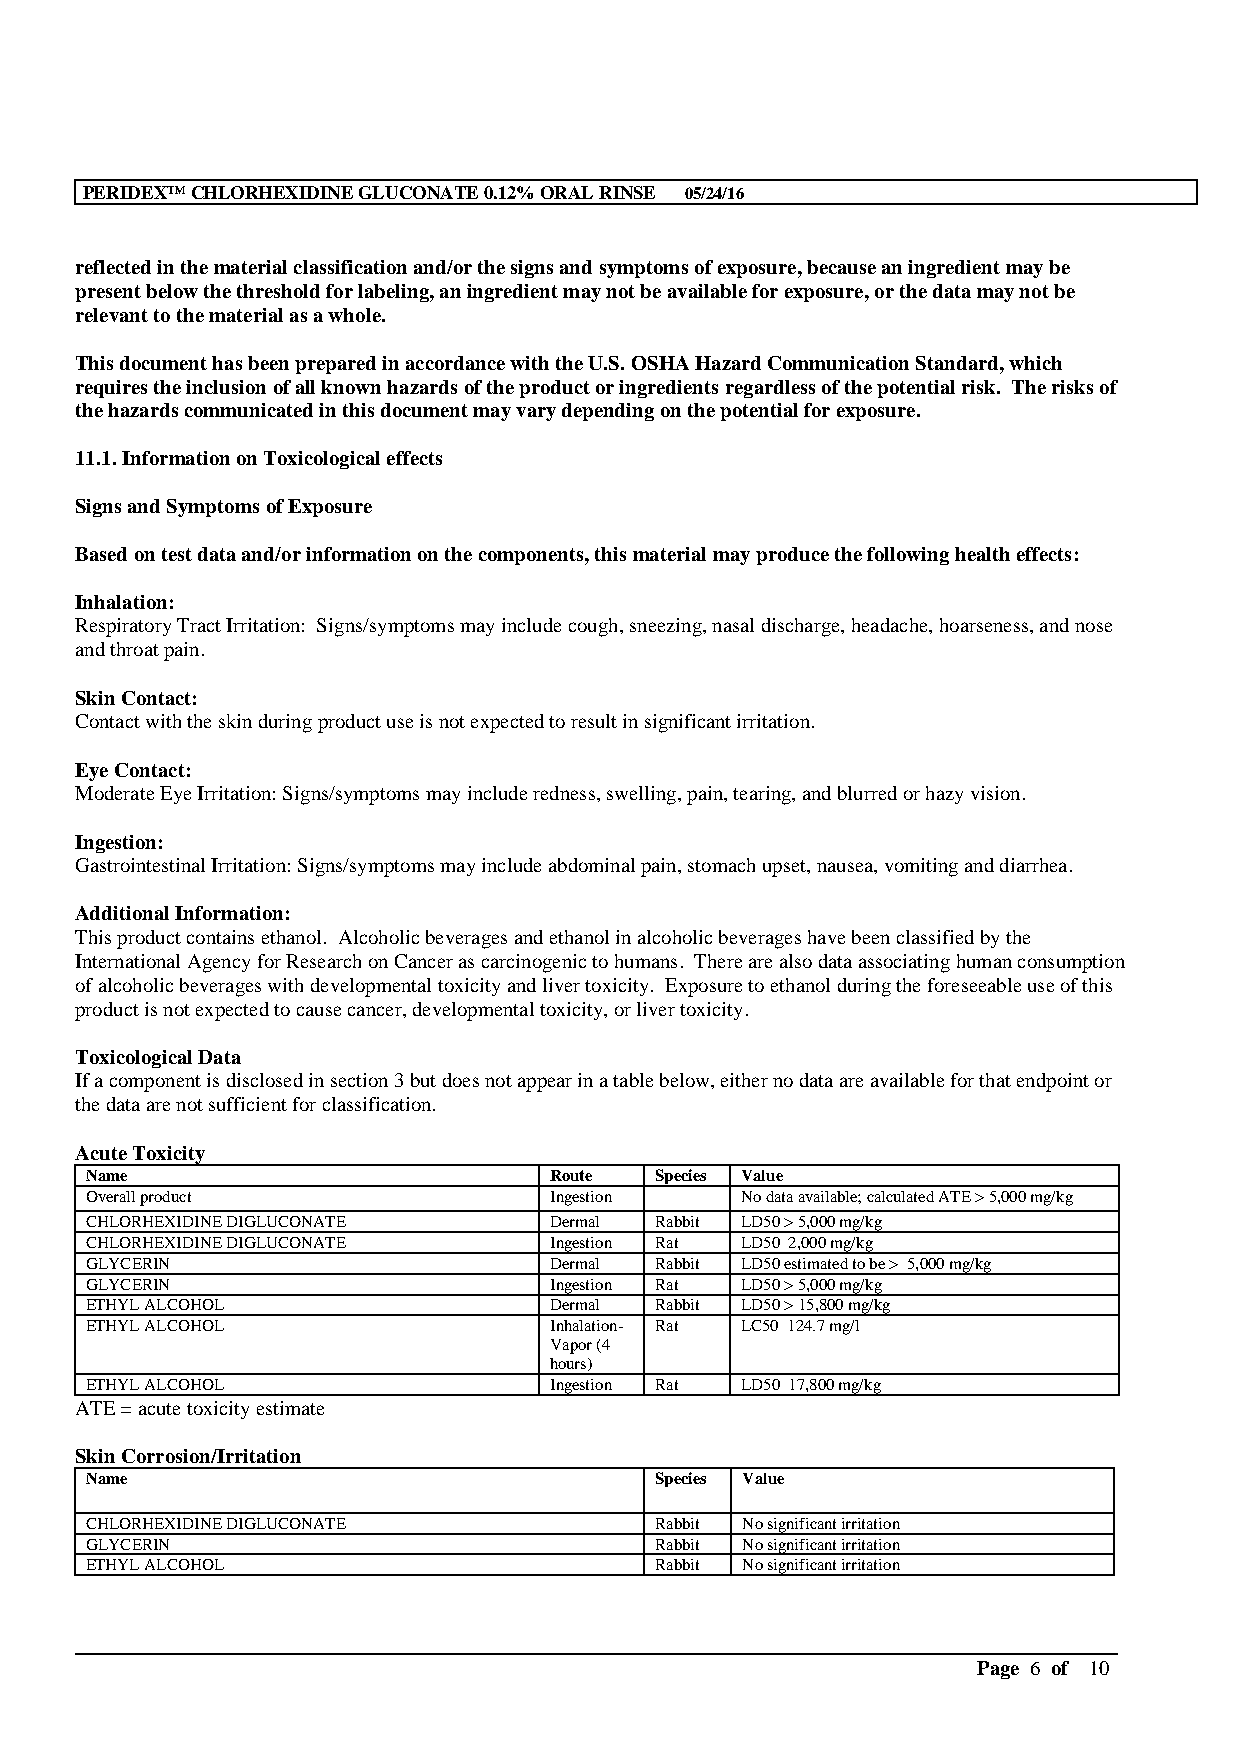
PERIDEX™CHLORHEXIDINE GLUCONATE 0.12% ORAL RINSE 05/24/16
 reflected in the material classification and/or the signs and symptoms of exposure, because an ingredient may be
 present below the threshold for labeling, aningredient may not be available for exposure, or the data may not be
 relevant to the material as a whole.
 This document has been prepared in accordance with the U.S. OSHA Hazard Communication Standard, which
 requires the inclusion of all known hazards ofthe product or ingredients regardless of the potential risk. The risks of
 the hazards communicated in this document may vary depending on the potential for exposure.
 11.1. Information on Toxicological effects
 Signs and Symptoms of Exposure
 Based on test data and/or information on the components, this material may produce the following health effects:
 Inhalation:
 Respiratory Tract Irritation: Signs/symptoms may include cough, sneezing, nasal discharge, headache, hoarseness, and nose
 and throat pain.
 Skin Contact:
 Contact with the skin during product use is not expected to result in significant irritation.
 Eye Contact:
 Moderate Eye Irritation: Signs/symptoms may include redness, swelling, pain, tearing, and blurred or hazy vision.
 Ingestion:
 Gastrointestinal Irritation: Signs/symptoms may include abdominal pain, stomach upset, nausea, vomiting and diarrhea.
 Additional Information:
 This product contains ethanol. Alcoholic beverages and ethanol in alcoholic beverages have been classified by the
 International Agency for Research on Cancer as carcinogenic to humans. There are also data associating human consumption
 of alcoholic beverages with developmental toxicity and liver toxicity. Exposure to ethanol during the foreseeable use of this
 product is not expected to cause cancer, developmental toxicity, or liver toxicity.
 Toxicological Data
 If a component is disclosed in section 3 but does not appear in a table below, either no data are available for that endpointor
 the data are not sufficient for classification.
 Acute Toxicity
 Name                          Route  Species Value
 Overall product               Ingestion    No data available; calculated ATE > 5,000 mg/kg
 CHLORHEXIDINE DIGLUCONATE     Dermal Rabbit LD50 > 5,000 mg/kg
 CHLORHEXIDINE DIGLUCONATE     Ingestion Rat LD50 2,000 mg/kg
 GLYCERIN                      Dermal Rabbit LD50 estimated to be > 5,000 mg/kg
 GLYCERIN                      Ingestion Rat LD50 > 5,000 mg/kg
 ETHYL ALCOHOL                 Dermal Rabbit LD50 > 15,800 mg/kg
 ETHYL ALCOHOL                 Inhalation- Rat LC50 124.7 mg/l
 Vapor (4
 hours)
 ETHYL ALCOHOL                 Ingestion Rat LD50 17,800 mg/kg
 ATE = acute toxicity estimate
 Skin Corrosion/Irritation
 Name                                 Species Value
 CHLORHEXIDINE DIGLUCONATE            Rabbit No significant irritation
 GLYCERIN                             Rabbit No significant irritation
 ETHYL ALCOHOL                        Rabbit No significant irritation
 __________________________________________________________________________________________
 Page 6 of 10